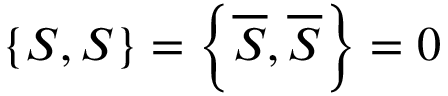
\left\{ S , S \right\} = \left\{ { \overline { { S } } } , { \overline { { S } } } \right\} = 0